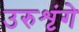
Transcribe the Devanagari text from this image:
उरुशृंगे